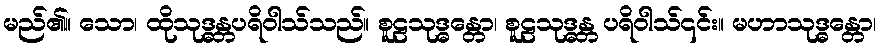
မည်၏။ သော၊ ထိုသုဒ္ဓန္တပရိဝါသ်သည်။ စူဠသုဒ္ဓန္တော၊ စူဠသုဒ္ဓန္တ ပရိဝါသ်၎င်း။ မဟာသုဒ္ဓန္တော၊